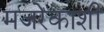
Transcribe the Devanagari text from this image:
मजरेकाशी